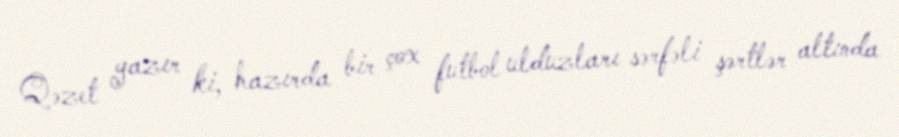
Qəzet yazır ki, hazırda bir çox futbol ulduzları sərfəli şərtlər altında